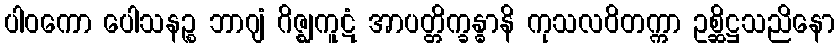
ပါဝကော ပေါသနဉ္စ ဘာဂျံ ဂိဇ္ဈကူဋံ အာပတ္တိက္ခန္ဓာနိ ကုသလဝိတက္ကာ ဥစ္ဆိဋ္ဌသညိနော